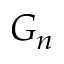
G _ { n }